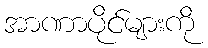
အာဏာပိုင်များကို